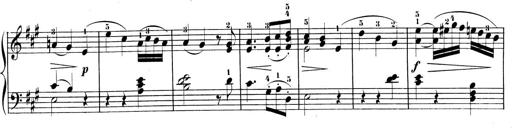
Title: 3 Sonatinen, Op.8
Composer: Isidor Wilhelm Seiss